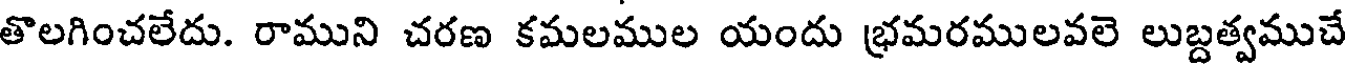
తొలగించలేదు. రాముని చరణ కమలముల యందు భ్రమరములవలె లుబ్దత్వముచే